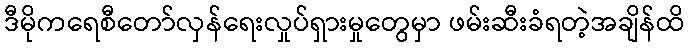
ဒီမိုကရေစီတော်လှန်ရေးလှုပ်ရှားမှုတွေမှာ ဖမ်းဆီးခံရတဲ့အချိန်ထိ